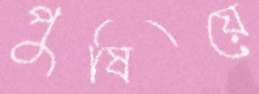
পুষিয়ে